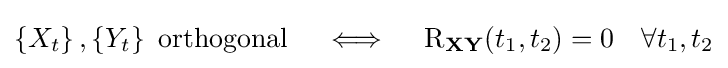
\left\{X_{t}\right\},\left\{Y_{t}\right\}{\text{ orthogonal}}\quad \iff \quad \operatorname {R} _{\mathbf {X} \mathbf {Y} }(t_{1},t_{2})=0\quad \forall t_{1},t_{2}